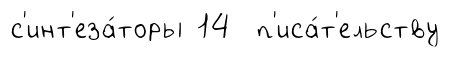
с'инт'еза́торы 14 п'иса́т'ельству